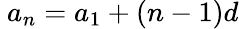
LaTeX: \ a_{n}=a_{1}+(n-1)d